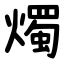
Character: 燭